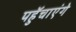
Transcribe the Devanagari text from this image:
पहुॅचाएंगे